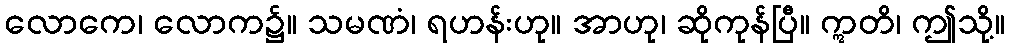
လောကေ၊ လောက၌။ သမဏံ၊ ရဟန်းဟု။ အာဟု၊ ဆိုကုန်ပြီ။ ဣတိ၊ ဤသို့။